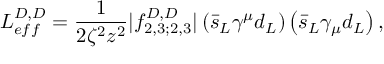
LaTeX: L _ { e f f } ^ { D , D } = \frac { 1 } { 2 \zeta ^ { 2 } z ^ { 2 } } | f _ { 2 , 3 ; 2 , 3 } ^ { D , D } | \left( \bar { s } _ { L } \gamma ^ { \mu } d _ { L } \right) \left( \bar { s } _ { L } \gamma _ { \mu } d _ { L } \right) ,